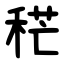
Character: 䅒